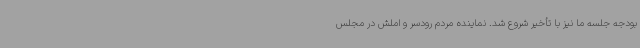
بودجه جلسه ما نیز با تأخیر شروع شد. نماینده مردم رودسر و املش در مجلس